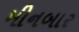
મીનબાર